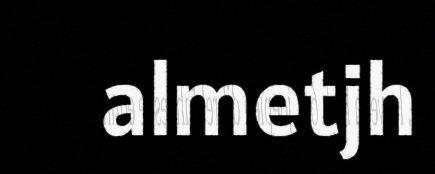
almetjh